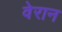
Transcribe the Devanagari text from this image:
वेरान